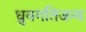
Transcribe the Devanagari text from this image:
ध्रुवगतिजन्य